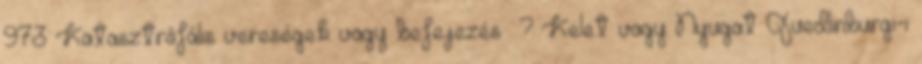
973 Katasztrófális vereségek vagy befejezés ? Kelet vagy Nyugat Quedlinburgi-i